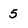
Character: 5